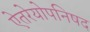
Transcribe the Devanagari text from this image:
ऐतरेयोपनिषद